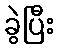
ခွဲပြီး